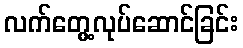
လက်တွေ့လုပ်ဆောင်ခြင်း